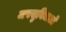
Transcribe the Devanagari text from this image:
जनसुविधाओं